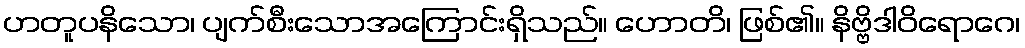
ဟတူပနိသော၊ ပျက်စီးသောအကြောင်းရှိသည်။ ဟောတိ၊ ဖြစ်၏။ နိဗ္ဗိဒါဝိရောဂေ၊